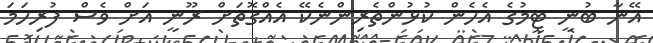
އޭނާ ބުނީ ޓީމުގެ އެހެން ކުޅުންތެރިންނެކޭ އެއްގޮތަށް ރޫނީ އަށް ވެސް ފުރިހަމަ